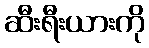
ဆီးရီးယားကို